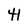
Character: 4